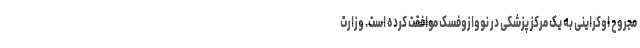
مجروح اوکراینی به یک مرکز پزشکی در نووازوفسک موافقت کرده است. وزارت